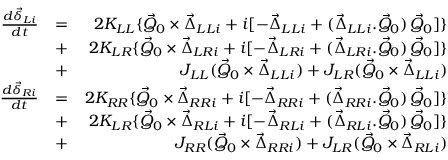
\begin{array} { r l r } { \frac { d \vec { \delta } _ { L i } } { d t } } & { = } & { 2 K _ { L L } \{ \vec { Q } _ { 0 } \times \vec { \Delta } _ { L L i } + i [ - \vec { \Delta } _ { L L i } + ( \vec { \Delta } _ { L L i } . \vec { Q } _ { 0 } ) \, \vec { Q } _ { 0 } ] \} } \\ & { + } & { 2 K _ { L R } \{ \vec { Q } _ { 0 } \times \vec { \Delta } _ { L R i } + i [ - \vec { \Delta } _ { L R i } + ( \vec { \Delta } _ { L R i } . \vec { Q } _ { 0 } ) \, \vec { Q } _ { 0 } ] \} } \\ & { + } & { J _ { L L } ( \vec { Q } _ { 0 } \times \vec { \Delta } _ { L L i } ) + J _ { L R } ( \vec { Q } _ { 0 } \times \vec { \Delta } _ { L L i } ) } \\ { \frac { d \vec { \delta } _ { R i } } { d t } } & { = } & { 2 K _ { R R } \{ \vec { Q } _ { 0 } \times \vec { \Delta } _ { R R i } + i [ - \vec { \Delta } _ { R R i } + ( \vec { \Delta } _ { R R i } . \vec { Q } _ { 0 } ) \, \vec { Q } _ { 0 } ] \} } \\ & { + } & { 2 K _ { L R } \{ \vec { Q } _ { 0 } \times \vec { \Delta } _ { R L i } + i [ - \vec { \Delta } _ { R L i } + ( \vec { \Delta } _ { R L i } . \vec { Q } _ { 0 } ) \, \vec { Q } _ { 0 } ] \} } \\ & { + } & { J _ { R R } ( \vec { Q } _ { 0 } \times \vec { \Delta } _ { R R i } ) + J _ { L R } ( \vec { Q } _ { 0 } \times \vec { \Delta } _ { R L i } ) } \end{array}